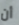
أن